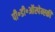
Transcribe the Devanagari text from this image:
पी॰डी॰ऑस्पेन्स्की